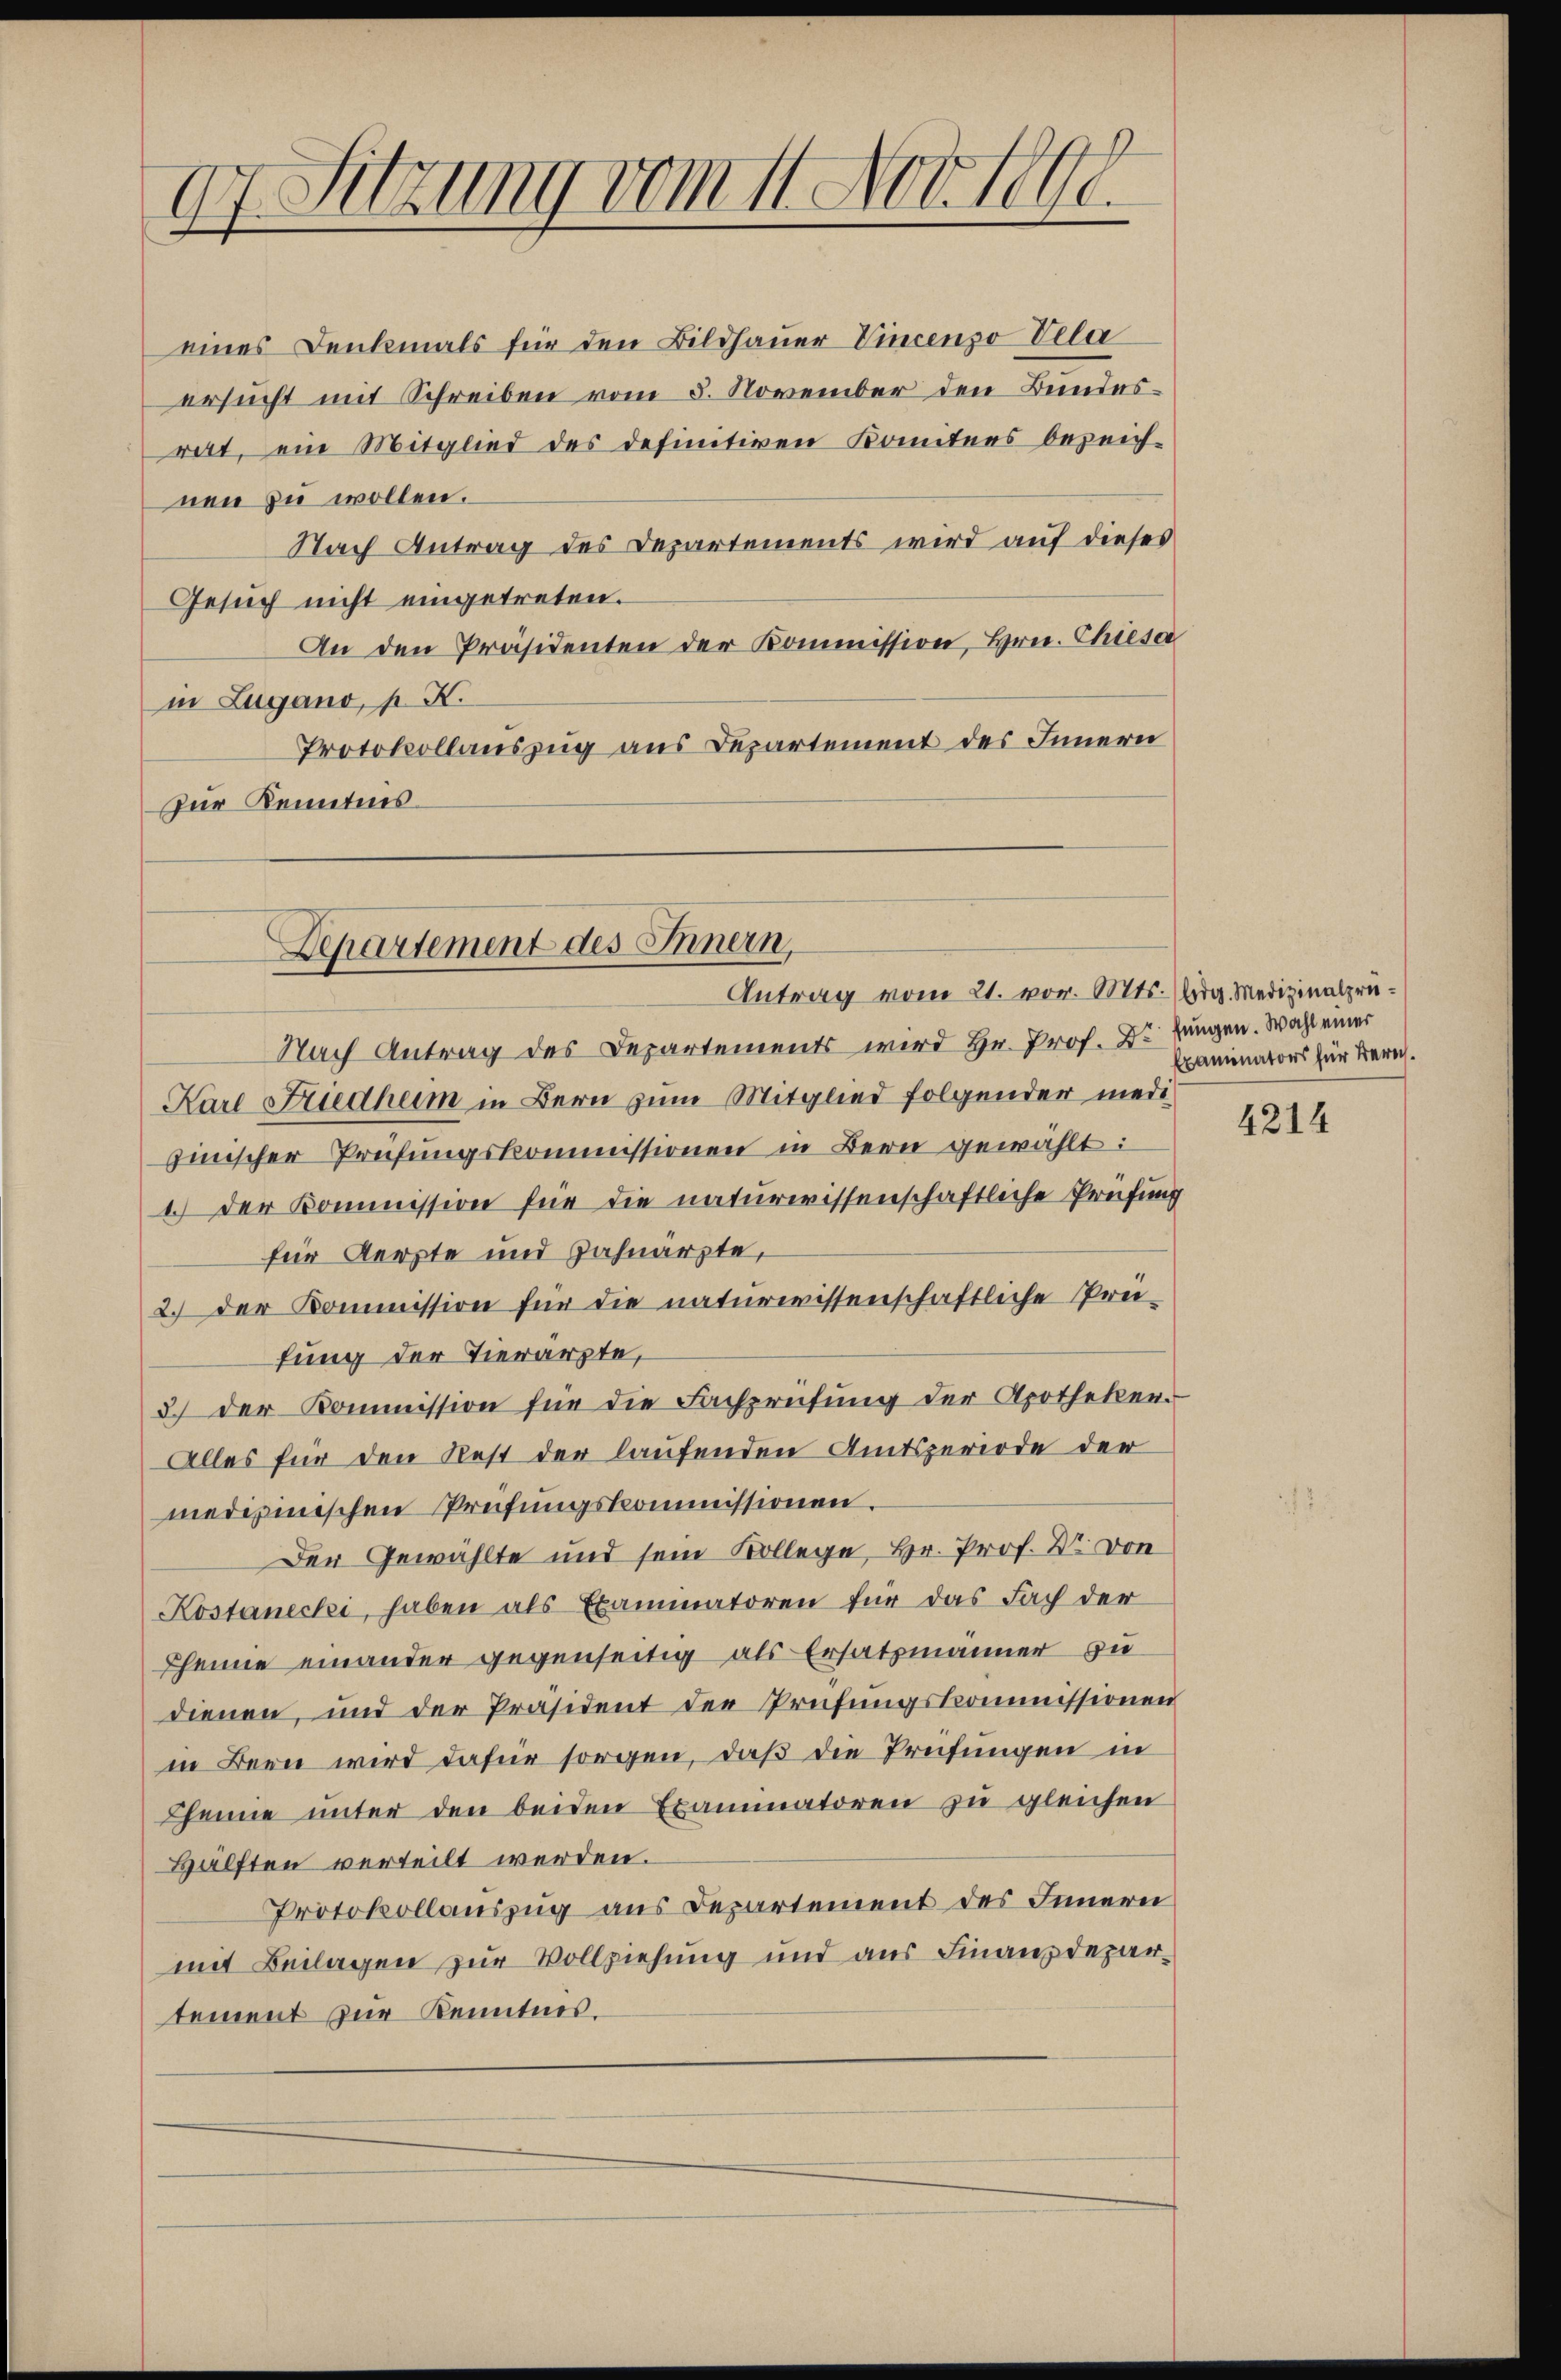
17. Sitzung vom 11. Nov. 1890.
.
e

eines Denkmals für den Bildhauer Vincenzo Vela
ersucht mit Schreiben vom 5. November den Bundesrat, ein Mitglied des definitiven konntens bezeich-
nen zu wollen.
Nach Antrag des Departements wird auf dieses
Gesuch nicht eingetreten.
An den Präsidenten der Kommission, Hrn. Chiesa
in Lugano, p. K.
Protokollauszug aus Departement des Innern
zur Kenntnis.
Nach Antrag des Departements wird Hr. Prof. Dr. Jungen. Wahl einer
Karl Friedheim in Bern zum Mitglied folgender medisinischer Prüfungskommissionen in Bern gewählt:
1.) Der Kommission für die naturwissenschaftliche Prüfun
für Aerzte und Zahnarzte,
2.) Der Kommission für die naturwissenschaftliche Prei-
fung der Tierarzte,
3.) Der Kommission für die Fachprüfung der Apotheker.
Alles für den Rest der laufenden Amtsperiode der
medizinischen Prüfungskommissionen.
Der Gewählte und sein Kollege, Hr. Prof. Dr. von
Kostanecki, haben als Examinatoren für das Fach der
Pheine einander gegenseitig als Ersatzmänner zu
dienen, und der Präsident der Prüfungskommissionen
in Bern wird dafür sorgen, daß die Prüfungen in
Chenne unter den beiden Examinatoren zu gleichen
Hälften verteilt werden.
Protokollauszug aus Departement des Innern
mit Beilagen zur Vollziehung und aus Finanzdepartement zur Kenntnis.

Departement des Innern,
Antrag vom 21. vor. Mts. (Arg. Medizinalprü¬

xaminators für Zürich¬

4214